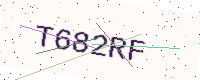
Text: T682RF